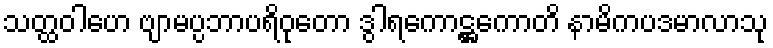
သတ္ထဝါဟေ ဗျာမပ္ပဘာပရိဝုတော ဒွါရကောဋ္ဌကောတိ နာမိကပဒမာလာသု